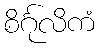
စိင်္ဂုလိကံ